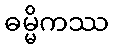
ဓမ္မိကဿ